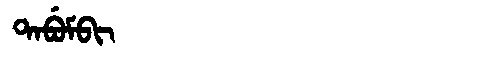
Manchu: ᡨᠠᠪᡠᠮᠪᡳ
Romanization: TABUMBI